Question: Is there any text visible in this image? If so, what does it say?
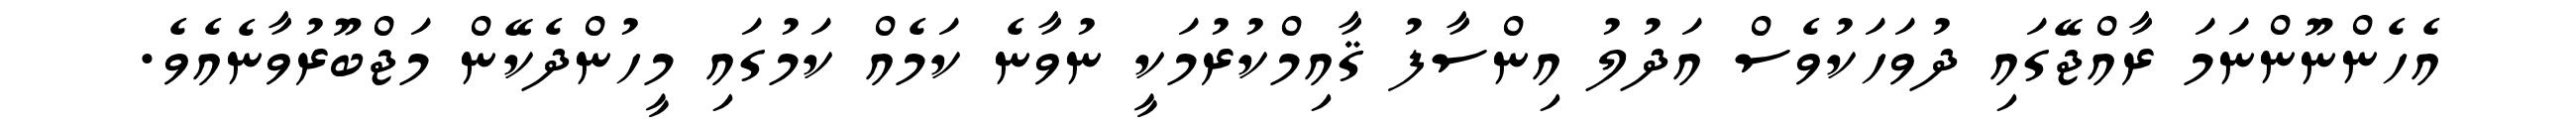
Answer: އެހެންނޫންނަމަ ރާއްޖޭގައި ދުވަހަކުވެސް އަދުލު އިންސާފު ޤާއިމްކުރުމަކީ ނުވާނެ ކަމެއް ކަމުގައި މީހުންދެކޭން މަޖްބޫރުވާނެއެވެ.